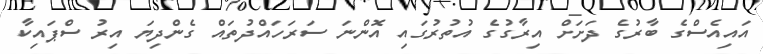
އައިއެސްގެ ބާރުގެ ދަށަށް އިރާގުގެ އުތުރުގައި އޮންނަ ސަރަހައްދުތައް ގެންދިޔަ އިރު ސްޕައިކާ